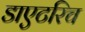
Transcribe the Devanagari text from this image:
डाएटरिच